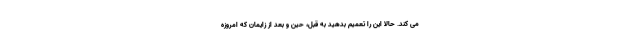
می کند. حالا این را تعمیم بدهید به قبل، حین و بعد از زایمان که امروزه